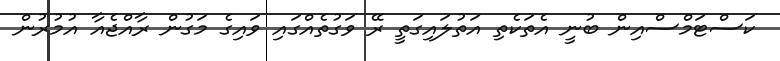
ކަސްޓަމްސްއިން ބުނީ އެތަކެތި އަތުލައިގަތީ ރޭ ވަގުތެއްގައި ވައިގެ މަގުން ރާއްޖެއާ އުމުރުން